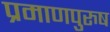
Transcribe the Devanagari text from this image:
प्रमाणपुरुष